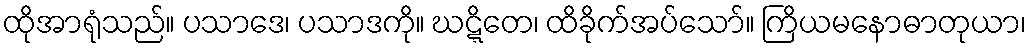
ထိုအာရုံသည်။ ပသာဒေ၊ ပသာဒကို။ ဃဋ္ဋိတေ၊ ထိခိုက်အပ်သော်။ ကြိယမနောဓာတုယာ၊